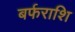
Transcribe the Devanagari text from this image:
बर्फराशि